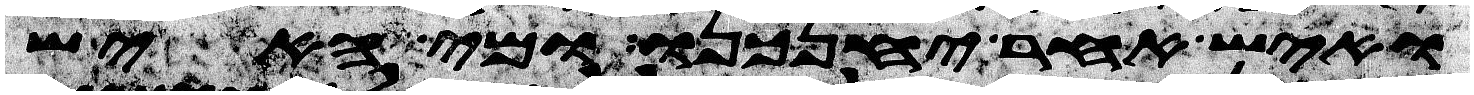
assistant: ואיש אחר יחנכנו ומי האיש